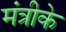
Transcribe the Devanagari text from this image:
मंत्रीके